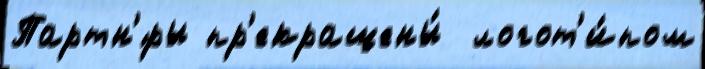
Партн'́ры пр'екращены́  логот'и́пом